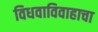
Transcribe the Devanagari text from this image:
विधवाविवाहाचा